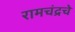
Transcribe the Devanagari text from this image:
रामचंद्रचे